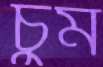
চুম